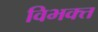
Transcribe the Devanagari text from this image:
विभक्त्त